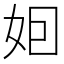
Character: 𡛸